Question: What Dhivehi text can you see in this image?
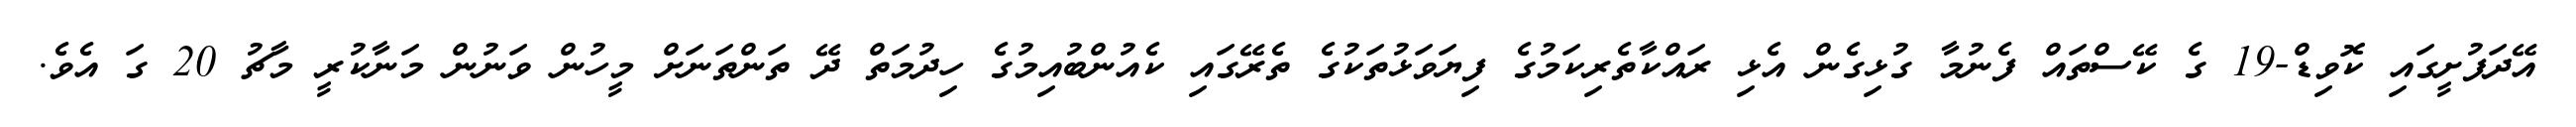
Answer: އޭދަފުށީގައި ކޮވިޑް-19 ގެ ކޭސްތައް ފެނުމާ ގުޅިގެން އެޅި ރައްކާތެރިކަމުގެ ފިޔަވަޅުތަކުގެ ތެރޭގައި ކެއުންބުއިމުގެ ހިދުމަތް ދޭ ތަންތަނަށް މީހުން ވަނުން މަނާކުރީ މާޗު 20 ގަ އެވެ.